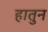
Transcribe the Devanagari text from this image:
हातुन